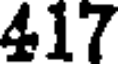
417